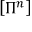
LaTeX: \left[ \Pi ^ { n } \right]